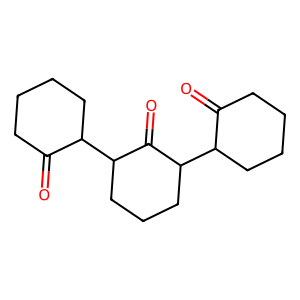
SMILES: O=C1CCCCC1C1CCCC(C2CCCCC2=O)C1=O
Inhibits HIV replication: No